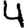
Digit: 4